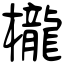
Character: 櫳